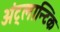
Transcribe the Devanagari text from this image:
अंट्लान्टिक